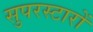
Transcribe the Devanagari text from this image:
सुपरस्टारों